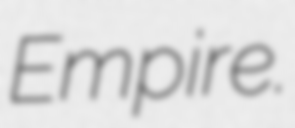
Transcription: Empire.